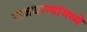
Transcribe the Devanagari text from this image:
राजधान्यांमध्ये